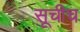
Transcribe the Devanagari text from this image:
सूचीच